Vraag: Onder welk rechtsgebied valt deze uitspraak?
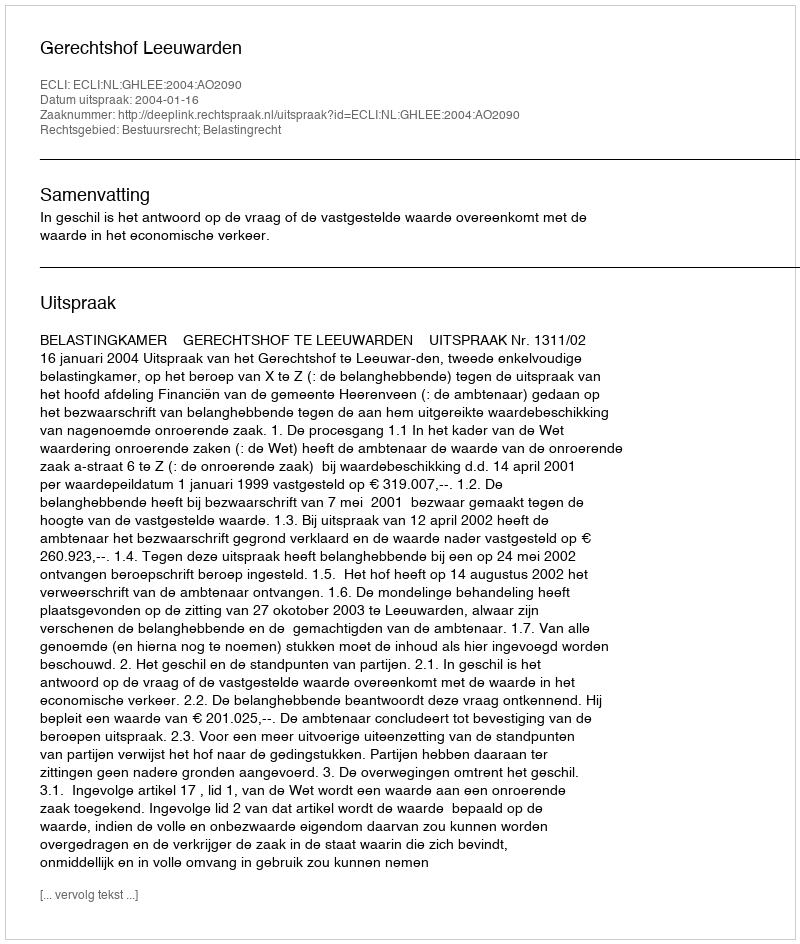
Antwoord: Bestuursrecht; Belastingrecht